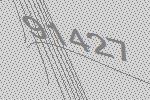
91427